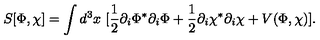
S [ \Phi , \chi ] = \int d ^ { 3 } x \ [ \frac { 1 } { 2 } \partial _ { i } \Phi ^ { * } \partial _ { i } \Phi + \frac { 1 } { 2 } \partial _ { i } \chi ^ { * } \partial _ { i } \chi + V ( \Phi , \chi ) ] .